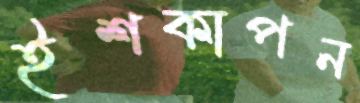
ইশকাপন